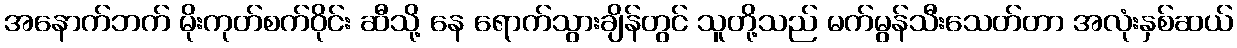
အနောက်ဘက် မိုးကုတ်စက်ဝိုင်း ဆီသို့ နေ ရောက်သွားချိန်တွင် သူတို့သည် မက်မွန်သီးသေတ်တာ အလုံးနှစ်ဆယ်